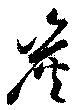
炭